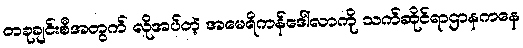
တခုချင်းစီအတွက် လိုအပ်တဲ့ အမေရိကန်ဒေါ်လာကို သက်ဆိုင်ရာဌာနကနေ